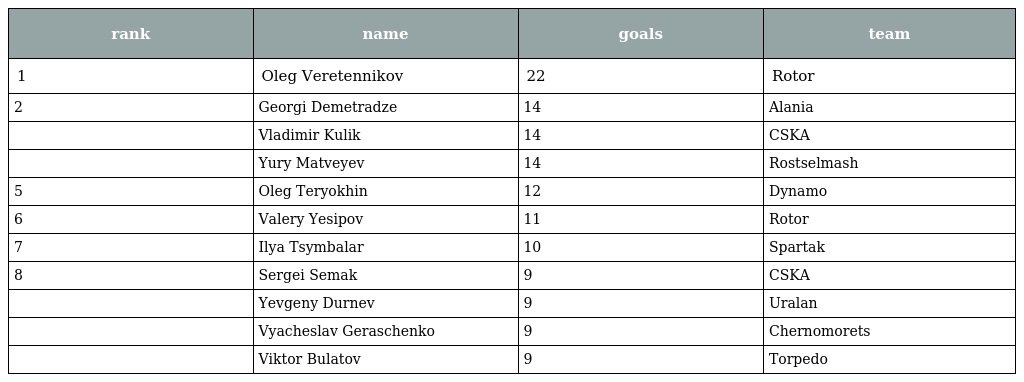
| rank | name | goals | team |
 | --- | --- | --- | --- |
 | 1 | Oleg Veretennikov | 22 | Rotor |
 | 2 | Georgi Demetradze | 14 | Alania |
 |  | Vladimir Kulik | 14 | CSKA |
 |  | Yury Matveyev | 14 | Rostselmash |
 | 5 | Oleg Teryokhin | 12 | Dynamo |
 | 6 | Valery Yesipov | 11 | Rotor |
 | 7 | Ilya Tsymbalar | 10 | Spartak |
 | 8 | Sergei Semak | 9 | CSKA |
 |  | Yevgeny Durnev | 9 | Uralan |
 |  | Vyacheslav Geraschenko | 9 | Chernomorets |
 |  | Viktor Bulatov | 9 | Torpedo |